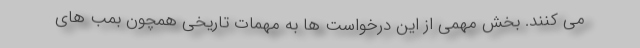
می کنند. بخش مهمی از این درخواست ها به مهمات تاریخی همچون بمب های